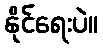
နိုင်ရေးပဲ။